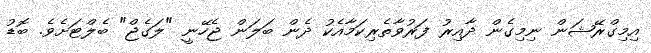
އިމިގްރޭޝަން ނިމިގެން ދާއިރު ފަރުވާތެރިކަމާއެކު ދެން ބަލަން ޖެހޭނީ "ލަގެޖް" ބެލްޓަށެވެ. ބޮޑު